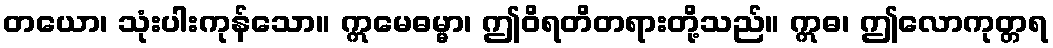
တယော၊ သုံးပါးကုန်သော။ ဣမေဓမ္မာ၊ ဤဝိရတိတရားတို့သည်။ ဣဓ၊ ဤလောကုတ္တရ